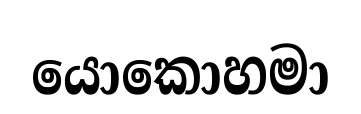
යොකොහමා